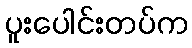
ပူးပေါင်းတပ်က